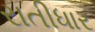
રાતીધાર